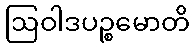
ဩဝါဒပဉ္စမောတိ